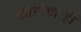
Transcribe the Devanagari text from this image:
कोटीच्याही